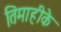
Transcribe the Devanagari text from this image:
तिमाहीके